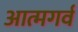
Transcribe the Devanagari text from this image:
आत्मगर्व